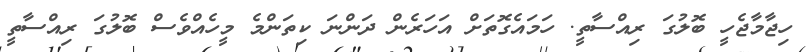
ހިޖާމާޖެހީ ބޮލުގަ ރިއްސާތީ. ހަމައެގޮތަށް އަހަރެން ދަންނަ ކިތަންމެ މީހެއްވެސް ބޮލުގަ ރިއްސާތީ